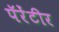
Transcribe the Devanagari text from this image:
पॅरेंटीर